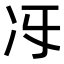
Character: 𠖱